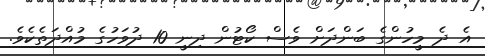
އެ ދެ މީހުންގެ ބަންދަށް ވެސް ކޯޓުން ދިނީ 10 ދުވަހުގެ މުއްދަތެކެވެ.